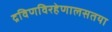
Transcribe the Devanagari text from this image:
द्रविणविरहेणालसतया